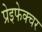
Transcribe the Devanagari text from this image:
प्रेइफेक्चर